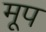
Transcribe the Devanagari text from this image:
मूप